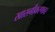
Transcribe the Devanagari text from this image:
खासगीकरणावर